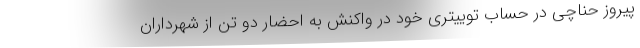
پیروز حناچی در حساب توییتری خود در واکنش به احضار دو تن از شهرداران